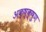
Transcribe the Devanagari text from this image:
अक्ष्क्षुण